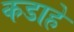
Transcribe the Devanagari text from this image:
कडाहे